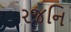
રજનિ